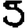
Digit: 5